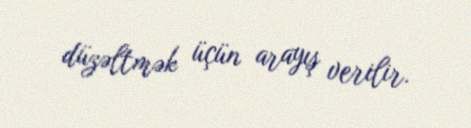
düzəltmək üçün arayış verilir.